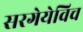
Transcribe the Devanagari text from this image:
सरगेयेविच